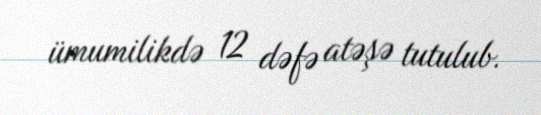
ümumilikdə 12 dəfə atəşə tutulub.